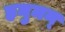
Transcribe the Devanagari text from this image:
हनुमन्